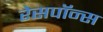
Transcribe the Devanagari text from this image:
रेसपॉन्स